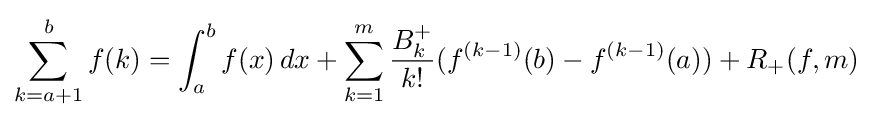
\sum _{k=a+1}^{b}f(k)=\int _{a}^{b}f(x)\,dx+\sum _{k=1}^{m}{\frac {B_{k}^{+}}{k!}}(f^{(k-1)}(b)-f^{(k-1)}(a))+R_{+}(f,m)